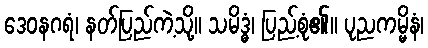
ဒေဝနဂရံ၊ နတ်ပြည်ကဲ့သို့။ သမိဒ္ဓံ၊ ပြည့်စုံ၏။ ပုညကမ္မိနံ၊